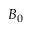
B _ { 0 }